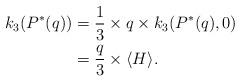
LaTeX: \begin{align*}k_3(P^\ast(q))&=\frac{1}{3}\times q\times k_3(P^\ast(q),0) \\&=\frac{q}{3}\times \langle H\rangle .\end{align*}